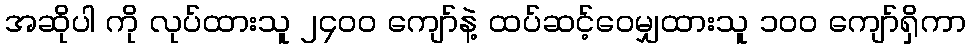
အဆိုပါ ကို လုပ်ထားသူ ၂၄၀၀ ကျော်နဲ့ ထပ်ဆင့်ဝေမျှထားသူ ၁၀၀ ကျော်ရှိကာ